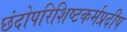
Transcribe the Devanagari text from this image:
छंदोपरिशिष्टकर्मप्रदीप